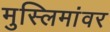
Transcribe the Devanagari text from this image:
मुस्लिमांवर